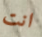
انت